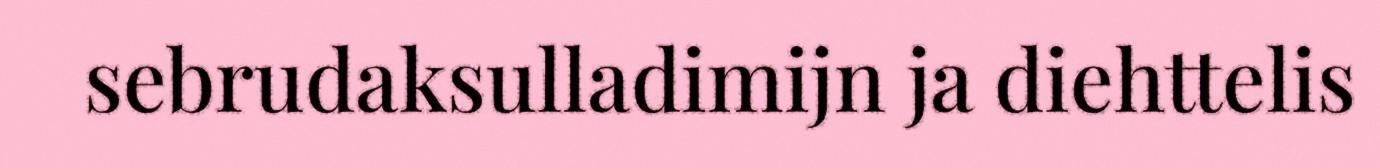
sebrudaksulladimijn ja diehttelis